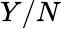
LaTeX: Y/N